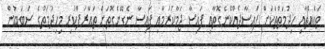
ތަކެއްޗާއި ހިދުމަތްތަކަށް ފައިސާދެއްކޭނެގޮތާއި ފައިސާ ޖަމާކުރުމާއި ފައިސާ ނެގޭނެގޮތަށް ތައާރަފްކުރި މިހިދުމަތުގެ ސަބަބުން